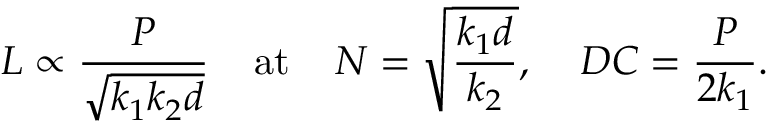
L \propto \frac { P } { \sqrt { k _ { 1 } k _ { 2 } d } } \; \; \; \; \mathrm { a t } \; \; \; \; N = \sqrt { \frac { k _ { 1 } d } { k _ { 2 } } } , \; \; \; \; D C = \frac { P } { 2 k _ { 1 } } .